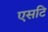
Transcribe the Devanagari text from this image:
एसटि